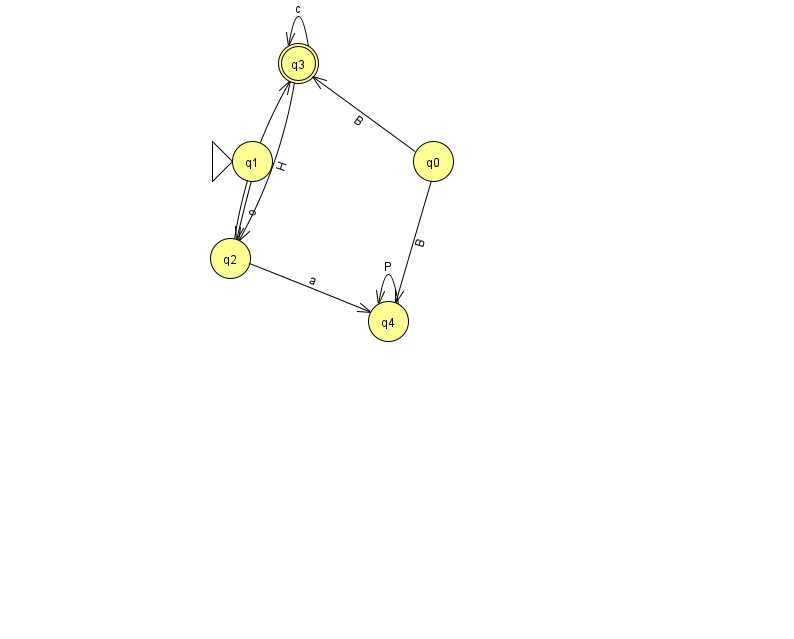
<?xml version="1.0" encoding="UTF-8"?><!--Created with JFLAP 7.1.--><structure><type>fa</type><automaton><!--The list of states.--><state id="0" name="q0"><x>433.0</x><y>148.0</y></state><state id="1" name="q1"><x>252.0</x><y>148.0</y><initial/></state><state id="2" name="q2"><x>230.0</x><y>245.0</y></state><state id="3" name="q3"><x>298.0</x><y>50.0</y><final/></state><state id="4" name="q4"><x>388.0</x><y>308.0</y></state><!--The list of transitions.--><transition><from>4</from><to>4</to><read>P</read></transition><transition><from>3</from><to>3</to><read>c</read></transition><transition><from>3</from><to>2</to><read>H</read></transition><transition><from>0</from><to>4</to><read>B</read></transition><transition><from>0</from><to>3</to><read>B</read></transition><transition><from>1</from><to>2</to><read>o</read></transition><transition><from>2</from><to>3</to><read>S</read></transition><transition><from>2</from><to>4</to><read>a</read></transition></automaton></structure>